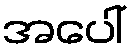
အပေါ်